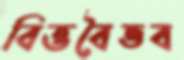
বিত্তবৈভব